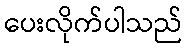
ပေးလိုက်ပါသည်